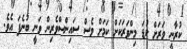
ކުރާނީ ވަރަށް ކުޑަ މިންވަރަކަށް ކަމަށް ވެސް ސައިންސްވެރިން ވަނީ ބުނެފަ އެވެ.